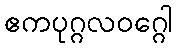
ဧကပုဂ္ဂလဝဂ္ဂေါ